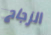
الزجاج